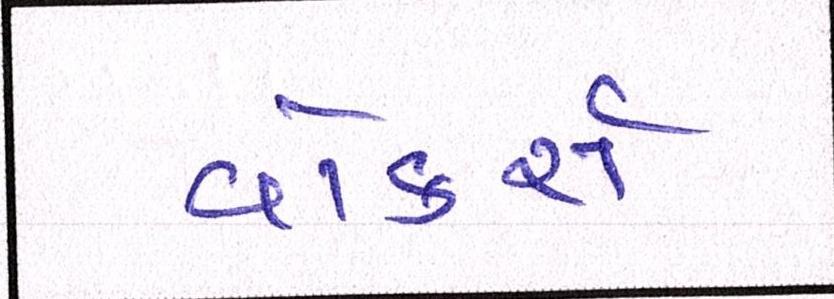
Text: વોકર્સ